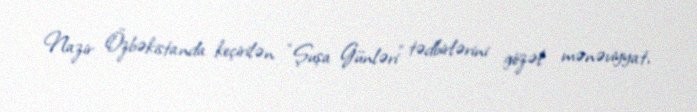
Nazir Özbəkistanda keçirilən “Şuşa Günləri” tədbirlərini gözəl mənəviyyat,